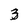
Character: 3